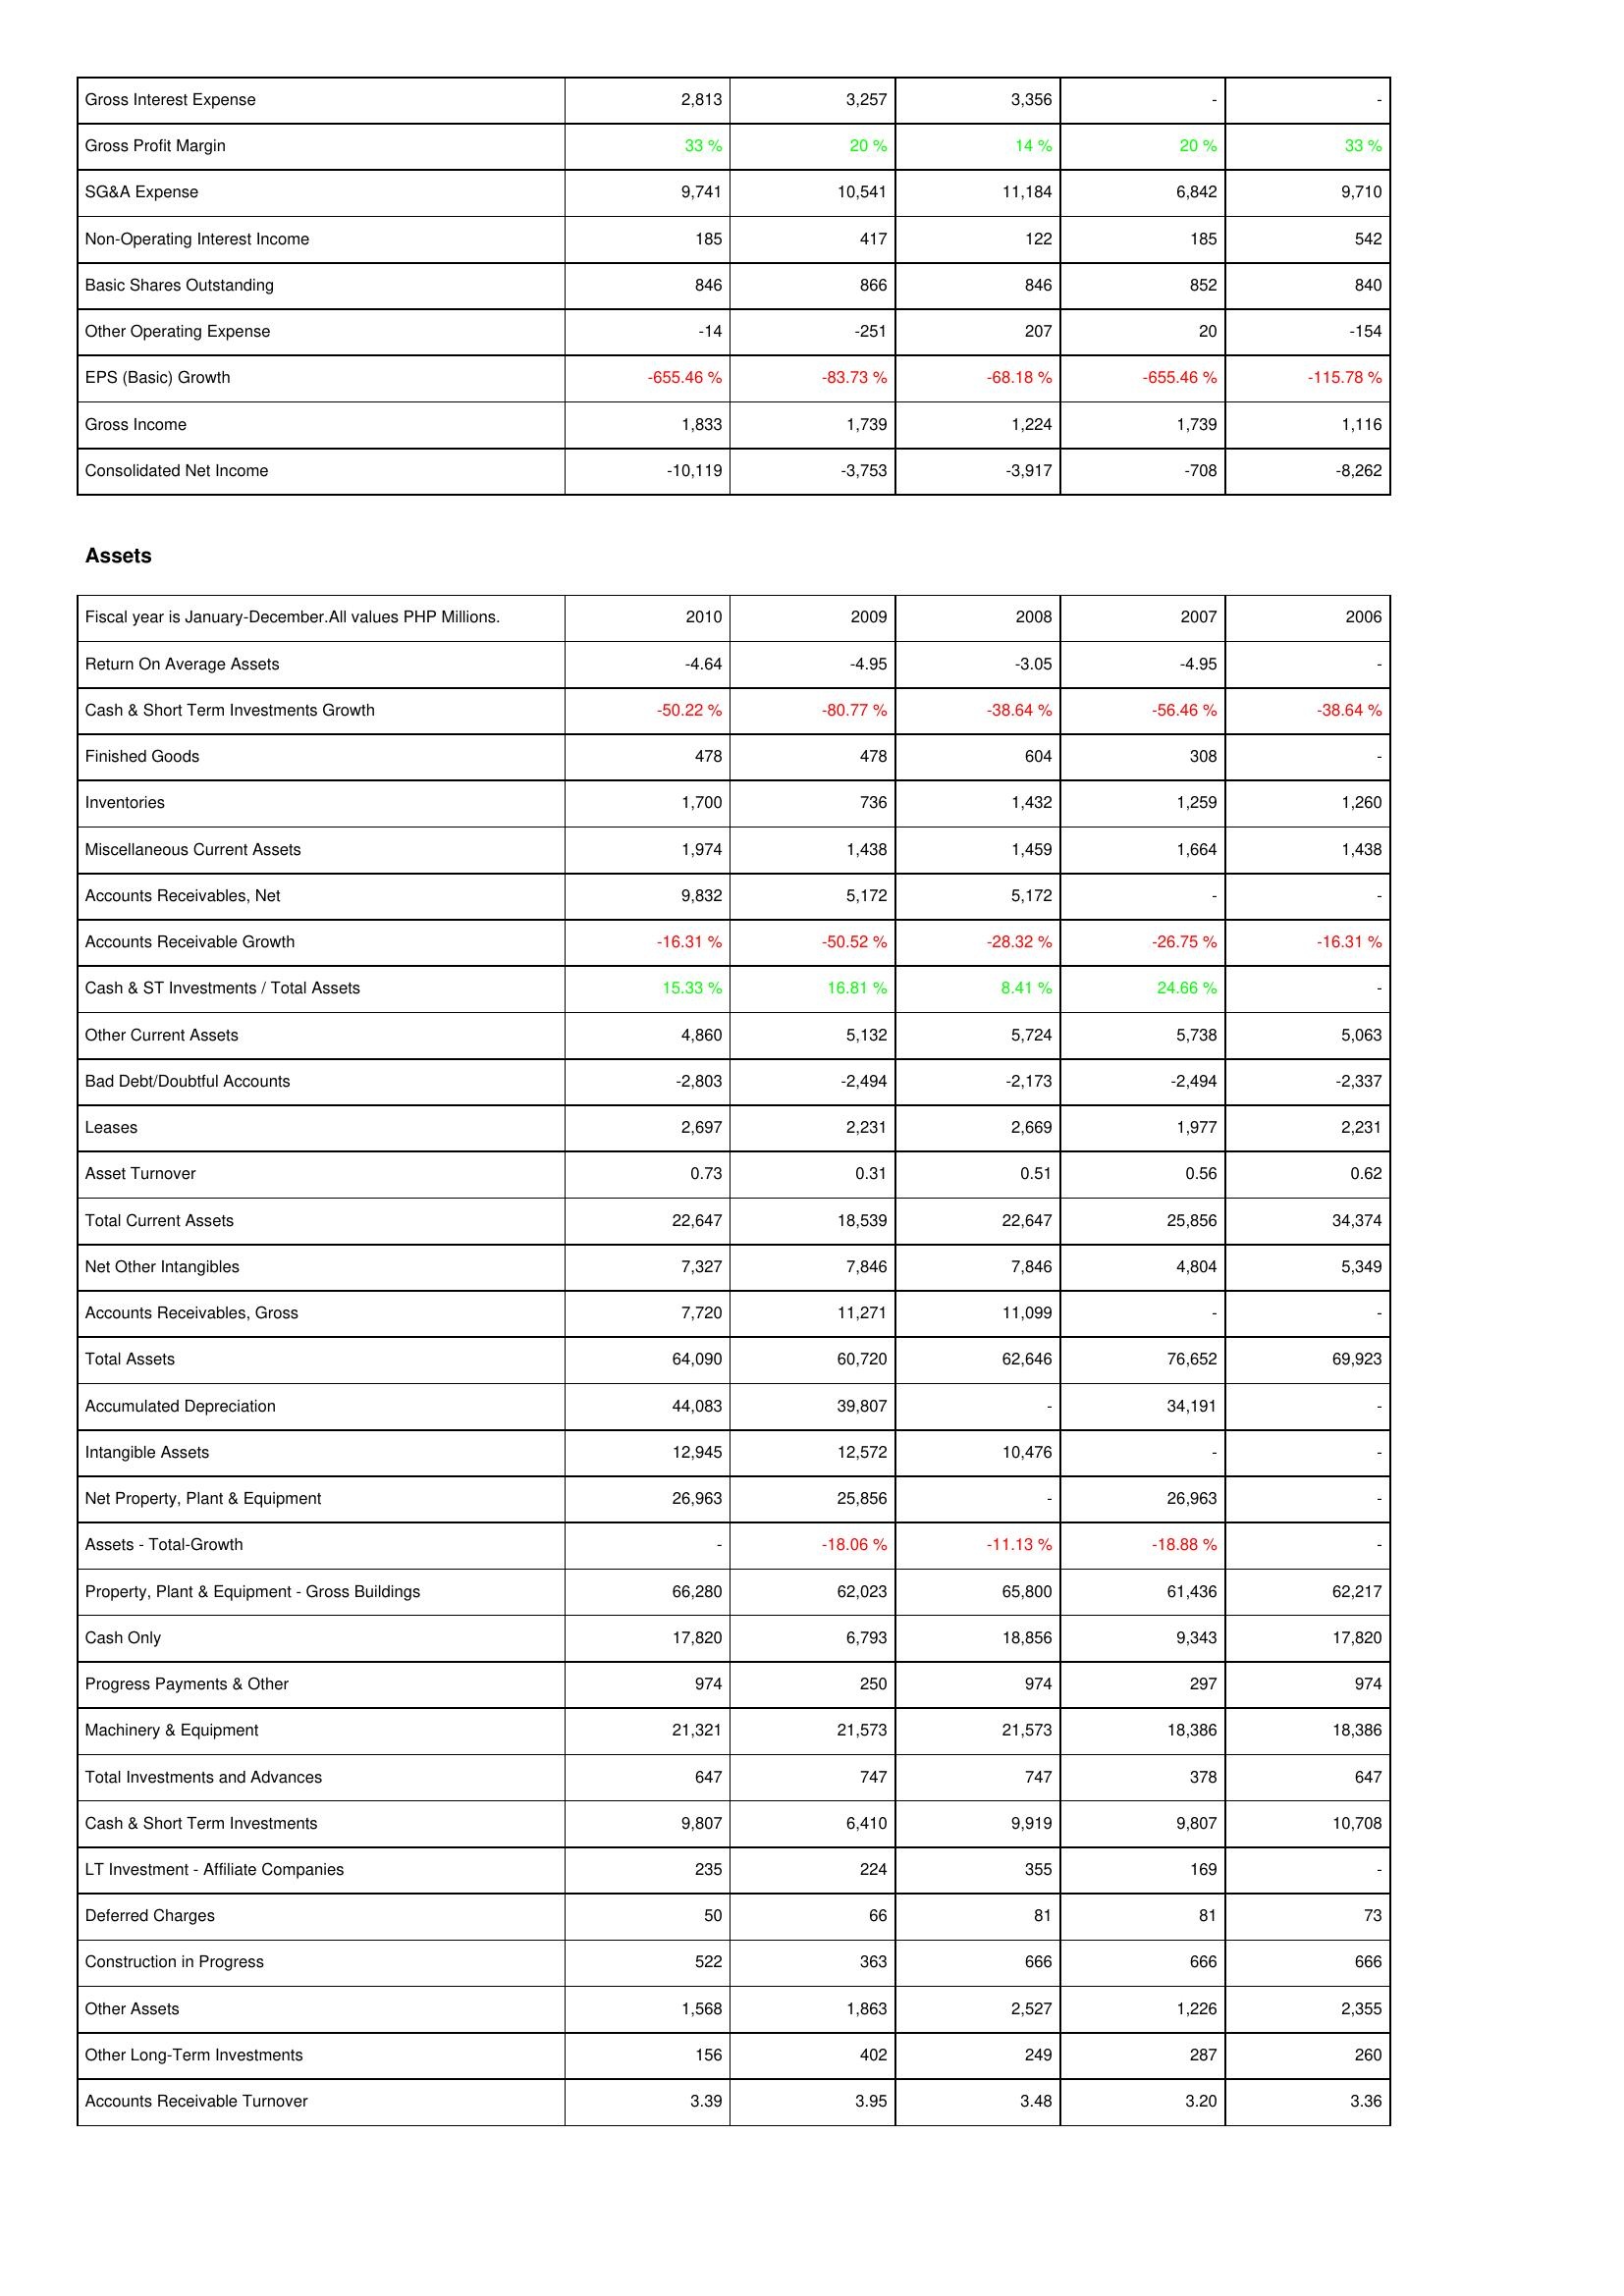
2010: Income Statement: Gross Interest Expense: 2,813
Gross Profit Margin: 33 %
SG&A Expense: 9,741
Non-Operating Interest Income: 185
Basic Shares Outstanding: 846
Other Operating Expense: -14
EPS (Basic) Growth: -655.46 %
Gross Income: 1,833
Consolidated Net Income: -10,119
Assets: Return On Average Assets: -4.64
Cash & Short Term Investments Growth: -50.22 %
Finished Goods: 478
Inventories: 1,700
Miscellaneous Current Assets: 1,974
Accounts Receivables, Net: 9,832
Accounts Receivable Growth: -16.31 %
Cash & ST Investments / Total Assets: 15.33 %
Other Current Assets: 4,860
Bad Debt/Doubtful Accounts: -2,803
Leases: 2,697
Asset Turnover: 0.73
Total Current Assets: 22,647
Net Other Intangibles: 7,327
Accounts Receivables, Gross: 7,720
Total Assets: 64,090
Accumulated Depreciation: 44,083
Intangible Assets: 12,945
Net Property, Plant & Equipment: 26,963
Assets - Total-Growth: -
Property, Plant & Equipment - Gross Buildings: 66,280
Cash Only: 17,820
Progress Payments & Other: 974
Machinery & Equipment: 21,321
Total Investments and Advances: 647
Cash & Short Term Investments: 9,807
LT Investment - Affiliate Companies: 235
Deferred Charges: 50
Construction in Progress: 522
Other Assets: 1,568
Other Long-Term Investments: 156
Accounts Receivable Turnover: 3.39
2009: Income Statement: Gross Interest Expense: 3,257
Gross Profit Margin: 20 %
SG&A Expense: 10,541
Non-Operating Interest Income: 417
Basic Shares Outstanding: 866
Other Operating Expense: -251
EPS (Basic) Growth: -83.73 %
Gross Income: 1,739
Consolidated Net Income: -3,753
Assets: Return On Average Assets: -4.95
Cash & Short Term Investments Growth: -80.77 %
Finished Goods: 478
Inventories: 736
Miscellaneous Current Assets: 1,438
Accounts Receivables, Net: 5,172
Accounts Receivable Growth: -50.52 %
Cash & ST Investments / Total Assets: 16.81 %
Other Current Assets: 5,132
Bad Debt/Doubtful Accounts: -2,494
Leases: 2,231
Asset Turnover: 0.31
Total Current Assets: 18,539
Net Other Intangibles: 7,846
Accounts Receivables, Gross: 11,271
Total Assets: 60,720
Accumulated Depreciation: 39,807
Intangible Assets: 12,572
Net Property, Plant & Equipment: 25,856
Assets - Total-Growth: -18.06 %
Property, Plant & Equipment - Gross Buildings: 62,023
Cash Only: 6,793
Progress Payments & Other: 250
Machinery & Equipment: 21,573
Total Investments and Advances: 747
Cash & Short Term Investments: 6,410
LT Investment - Affiliate Companies: 224
Deferred Charges: 66
Construction in Progress: 363
Other Assets: 1,863
Other Long-Term Investments: 402
Accounts Receivable Turnover: 3.95
2008: Income Statement: Gross Interest Expense: 3,356
Gross Profit Margin: 14 %
SG&A Expense: 11,184
Non-Operating Interest Income: 122
Basic Shares Outstanding: 846
Other Operating Expense: 207
EPS (Basic) Growth: -68.18 %
Gross Income: 1,224
Consolidated Net Income: -3,917
Assets: Return On Average Assets: -3.05
Cash & Short Term Investments Growth: -38.64 %
Finished Goods: 604
Inventories: 1,432
Miscellaneous Current Assets: 1,459
Accounts Receivables, Net: 5,172
Accounts Receivable Growth: -28.32 %
Cash & ST Investments / Total Assets: 8.41 %
Other Current Assets: 5,724
Bad Debt/Doubtful Accounts: -2,173
Leases: 2,669
Asset Turnover: 0.51
Total Current Assets: 22,647
Net Other Intangibles: 7,846
Accounts Receivables, Gross: 11,099
Total Assets: 62,646
Accumulated Depreciation: -
Intangible Assets: 10,476
Net Property, Plant & Equipment: -
Assets - Total-Growth: -11.13 %
Property, Plant & Equipment - Gross Buildings: 65,800
Cash Only: 18,856
Progress Payments & Other: 974
Machinery & Equipment: 21,573
Total Investments and Advances: 747
Cash & Short Term Investments: 9,919
LT Investment - Affiliate Companies: 355
Deferred Charges: 81
Construction in Progress: 666
Other Assets: 2,527
Other Long-Term Investments: 249
Accounts Receivable Turnover: 3.48
2007: Income Statement: Gross Interest Expense: -
Gross Profit Margin: 20 %
SG&A Expense: 6,842
Non-Operating Interest Income: 185
Basic Shares Outstanding: 852
Other Operating Expense: 20
EPS (Basic) Growth: -655.46 %
Gross Income: 1,739
Consolidated Net Income: -708
Assets: Return On Average Assets: -4.95
Cash & Short Term Investments Growth: -56.46 %
Finished Goods: 308
Inventories: 1,259
Miscellaneous Current Assets: 1,664
Accounts Receivables, Net: -
Accounts Receivable Growth: -26.75 %
Cash & ST Investments / Total Assets: 24.66 %
Other Current Assets: 5,738
Bad Debt/Doubtful Accounts: -2,494
Leases: 1,977
Asset Turnover: 0.56
Total Current Assets: 25,856
Net Other Intangibles: 4,804
Accounts Receivables, Gross: -
Total Assets: 76,652
Accumulated Depreciation: 34,191
Intangible Assets: -
Net Property, Plant & Equipment: 26,963
Assets - Total-Growth: -18.88 %
Property, Plant & Equipment - Gross Buildings: 61,436
Cash Only: 9,343
Progress Payments & Other: 297
Machinery & Equipment: 18,386
Total Investments and Advances: 378
Cash & Short Term Investments: 9,807
LT Investment - Affiliate Companies: 169
Deferred Charges: 81
Construction in Progress: 666
Other Assets: 1,226
Other Long-Term Investments: 287
Accounts Receivable Turnover: 3.20
2006: Income Statement: Gross Interest Expense: -
Gross Profit Margin: 33 %
SG&A Expense: 9,710
Non-Operating Interest Income: 542
Basic Shares Outstanding: 840
Other Operating Expense: -154
EPS (Basic) Growth: -115.78 %
Gross Income: 1,116
Consolidated Net Income: -8,262
Assets: Return On Average Assets: -
Cash & Short Term Investments Growth: -38.64 %
Finished Goods: -
Inventories: 1,260
Miscellaneous Current Assets: 1,438
Accounts Receivables, Net: -
Accounts Receivable Growth: -16.31 %
Cash & ST Investments / Total Assets: -
Other Current Assets: 5,063
Bad Debt/Doubtful Accounts: -2,337
Leases: 2,231
Asset Turnover: 0.62
Total Current Assets: 34,374
Net Other Intangibles: 5,349
Accounts Receivables, Gross: -
Total Assets: 69,923
Accumulated Depreciation: -
Intangible Assets: -
Net Property, Plant & Equipment: -
Assets - Total-Growth: -
Property, Plant & Equipment - Gross Buildings: 62,217
Cash Only: 17,820
Progress Payments & Other: 974
Machinery & Equipment: 18,386
Total Investments and Advances: 647
Cash & Short Term Investments: 10,708
LT Investment - Affiliate Companies: -
Deferred Charges: 73
Construction in Progress: 666
Other Assets: 2,355
Other Long-Term Investments: 260
Accounts Receivable Turnover: 3.36